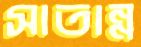
সাতান্ন